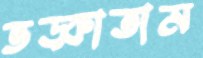
ভড়্‌কাতাম